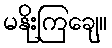
မနိုးကြချေ။